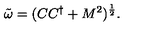
{ \tilde { \omega } } = ( C C ^ { \dagger } + M ^ { 2 } ) ^ { \frac { 1 } { 2 } } .